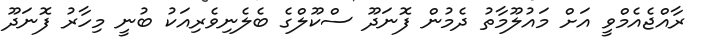
ރާއްޖެއެމްވީ އަށް މައުލޫމާތު ދެމުން ފޮނަދޫ ސްކޫލްގެ ބެލެނިވެރިއަކު ބުނީ މިހާރު ފޮނަދޫ